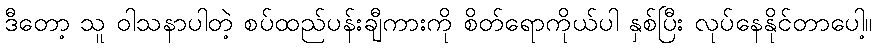
ဒီတော့ သူ ဝါသနာပါတဲ့ စပ်ထည်ပန်းချီကားကို စိတ်ရောကိုယ်ပါ နှစ်ပြီး လုပ်နေနိုင်တာပေါ့။